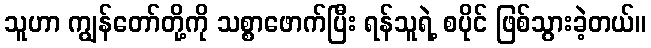
သူဟာ ကျွန်တော်တို့ကို သစ္စာဖောက်ပြီး ရန်သူရဲ့ စပိုင် ဖြစ်သွားခဲ့တယ်။